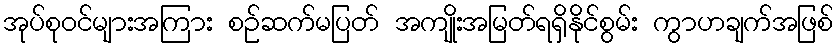
အုပ်စုဝင်များအကြား စဉ်ဆက်မပြတ် အကျိုးအမြတ်ရရှိနိုင်စွမ်း ကွာဟချက်အဖြစ်